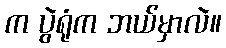
က ပွဲရုံက ဘယ်မှာလဲ။